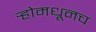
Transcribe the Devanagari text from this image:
र्‍होमधूनच